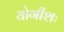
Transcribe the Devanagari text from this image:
योगीशः